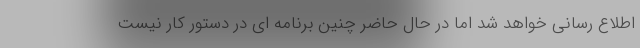
اطلاع رسانی خواهد شد اما در حال حاضر چنین برنامه ای در دستور کار نیست